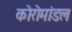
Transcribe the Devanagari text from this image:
कोरोमांडल